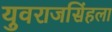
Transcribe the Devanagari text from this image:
युवराजसिंहला